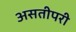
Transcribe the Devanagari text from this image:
असतीपरी